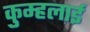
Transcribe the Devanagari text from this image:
कुम्हलाई